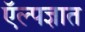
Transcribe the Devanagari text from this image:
ऍल्पज्ञात